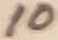
Text: 10